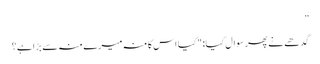
”
گدھے نے پھر سوال کیا: "کیا اس کا منہ میرے منہ سے بڑا ہے؟